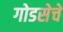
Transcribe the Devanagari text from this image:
गोडसेचे